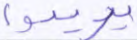
يريدوا